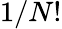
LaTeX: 1/N!